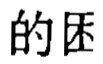
的困